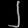
Digit: ၂